system: You are a helpful assistant.
user:
Analyze the provided spectrum to determine if it is a **M-type Giant (gM)**.

A M-type Giant spectrum is defined by its **strong molecular absorption** features, particularly from **Titanium Oxide (TiO)**. You must check for one of the following mutually exclusive signatures:

- **Key Visual Indicators (Absorption-Dominated Spectrum):**

    - **(Primary):** The spectrum is dominated by strong molecular absorption from **Titanium Oxide (TiO)**. This is the **defining feature** of its M-type temperature class.
        - **(Key Bandheads):** Look for sharp, "saw-tooth" absorption valleys. The strongest are located near **~7050 Å**, **~6160 Å**, and **~5170 Å**.
        - **(Line Profile):** The "saw-tooth" morphology is critical: a **sharp, steep drop on the BLUE (short-wavelength) side** of the bandhead, followed by a gradual recovery (rising flux) towards the RED (long-wavelength) side.

    - **(Key Confirmation - Giant vs. Dwarf):** **ABSENCE** of strong **Calcium Hydride (CaH)** molecular bands. This is the primary diagnostic for *excluding* M-dwarfs.
        - **(Key Region):** The spectrum should lack the strong, broad absorption band seen in dwarfs between **~6800 Å and ~7000 Å**.

    - **(Secondary Confirmation - Giant):** A very strong and broad **Neutral Calcium (Ca I)** atomic absorption line.
        - **(Key Line):** Located at **~4226 Å**. In a giant (gM), this line is significantly deeper and broader than the same line in an M-dwarf (dM) due to low surface gravity.

    - **(Overall Spectrum):**
        - The continuum is **extremely red-sloping** (i.e., flux is very low in the blue and rises dramatically towards the red).
        - The entire spectrum appears "chopped up" by the deep TiO bands.

Think first, call **spectral_visualization_tool** if needed to examine features in detail, then provide your final answer. Your response must adhere to the following strict rules:
1.  **Overall Structure:** Your response must follow the format `<think>...</think> <tool_call>...</tool_call> (if a tool is used) <answer>...</answer>`.
2.  **Tool Usage Constraint:** You may only make **one** tool call per turn.
3.  **Final Answer Format:** In the `<answer>` tag, your conclusion must be inside a `\boxed{}` command (e.g., `\boxed{YES}` or `\boxed{NO}`), followed by your justification.

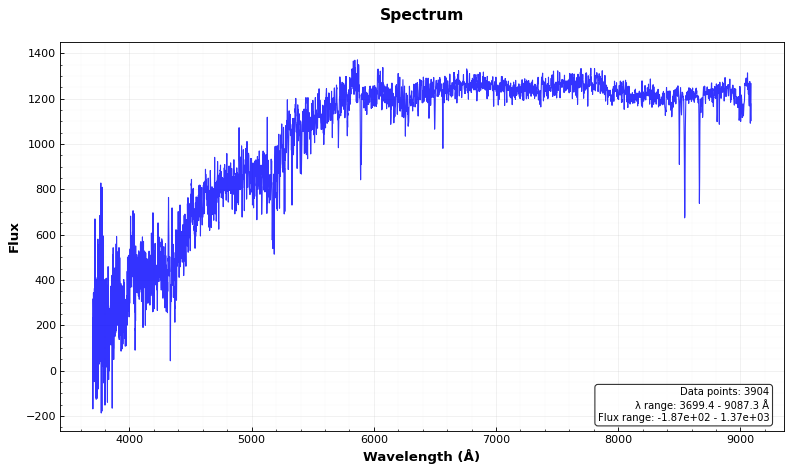
Answer: NO